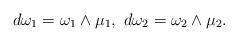
LaTeX: \begin{align*}d\omega _{1}=\omega _{1}\wedge \mu _{1},\ d\omega _{2}=\omega _{2}\wedge \mu_{2}. \end{align*}